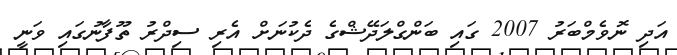
އަދި ނޮވެމްބަރު 2007 ގައި ބަންގްލަދޭޝްގެ ދެކުނަށް އެރި ސިދްރު ތޫފާނުގައި ވަނީ